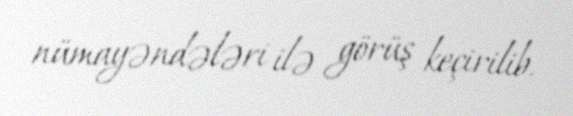
nümayəndələri ilə görüş keçirilib.